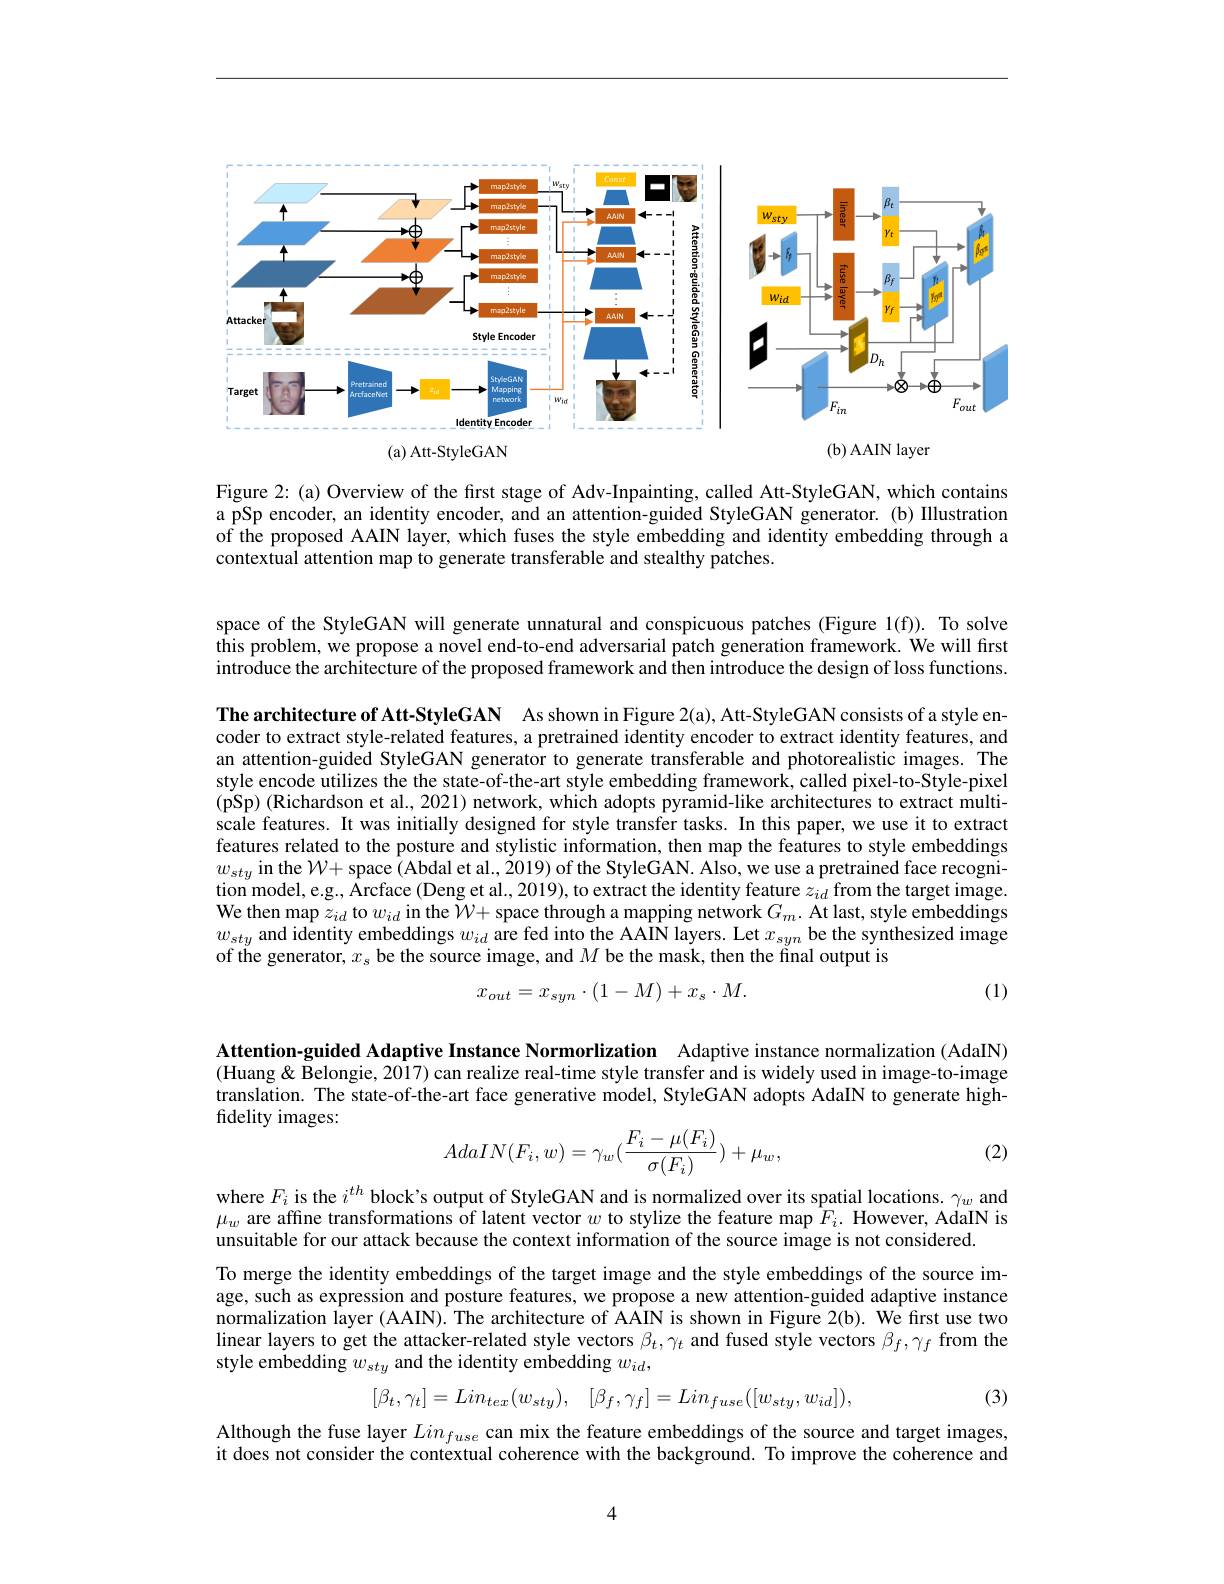
<FigureHere>

Figure 2: (a) Overview of the first stage of Adv-Inpainting, called Att-StyleGAN, which contains a pSp encoder, an identity encoder, and an attention-guided StyleGAN generator.(b) Illustration of the proposed AAIN layer, which fuses the style embedding and identity embedding through a contextual attention map to generate transferable and stealthy patches.

space of the StyleGAN will generate unnatural and conspicuous patches (Figure 1(f)). To solve this problem, we propose a novel end-to-end adversarial patch generation framework. We will first introduce the architecture of the proposed framework and then introduce the design of loss functions.

The architecture of Att-StyleGAN As shown in Figure 2(a), Att-StyleGAN consists of a style encoder to extract style-related features, a pretrained identity encoder to extract identity features, and an attention-guided StyleGAN generator to generate transferable and photorealistic images. The style encode utilizes the the state-of-the-art style embedding framework, called pixel-to-Style-pixel $(\dot{\text{pSp) (Richardson et al., 2021) network, which adopts pyramid-like architectures to extract multi-}}$ scale features. It was initially designed for style transfer tasks. In this paper, we use it to extract features related to the posture and stylistic information, then map the features to style embeddings $w_{sty}$ in the $\mathcal{W} +$space ( Abdal et al. , 2019) of the StyleGAN. Also, we use a pretrained face recogni- tion model, e. g, Arcface ( Deng et al. , 2019) , to extract the identity feature $z_{id}$ from the target image. We then map $z_{id}$ to $w_{}$ $w_{sty}$ and identity embeddings $w_id$ are fed into the AAIN layers. Let $x_syn$ be the synthesized image of the generator, $x_s$ be the source image, and $M$ be the mask, then the final output is
$$x_{out}=x_{syn}\cdot(1-M)+x_s\cdot M.$$
(1)

Attention-guided Adaptive Instance Normorlization Adaptive instance normalization (AdaIN) (Huang & $\bar{\text{Belongie,2017)can realize real-time style transfer and is widely used in image-to-image}}$ translation. The state-of-the-art face generative model, StyleGAN adopts AdaIN to generate highfidelity images:
$$AdaIN(F_i,w)=\gamma_w(\frac{F_i-\mu(F_i)}{\sigma(F_i)})+\mu_w,$$
(2)

where $F_i$ is the $i^th$ block's output of StyleGAN and is normalized over its spatial locations. $\gamma_w$ and $\mu_w$ are affine transformations of latent vector $w$ to stylize the feature map $F_i.$ However, AdaIN is unsuitable for our attack because the context information of the source image is not considered.
To merge the identity embeddings of the target image and the style embeddings of the source image, such as expression and posture features, we propose a new attention-guided adaptive instance normalization layer (AAIN). The architecture of AAIN is shown in Figure 2(b). We first use two linear layers to get the attacker-related style vectors $\beta_t,\gamma_t$ and fused style vectors $\beta_f,\gamma_f$ from the style embedding $w_{sty}$ and the identity embedding $w_id$,
$$[\beta_{t},\gamma_{t}]=Lin_{tex}(w_{sty}),\quad[\beta_{f},\gamma_{f}]=Lin_{fuse}([w_{sty},w_{id}]),$$
(3)

Although the fuse layer $Lin_fuse$ can mix the feature embeddings of the source and target images, it does not consider the contextual coherence with the background. To improve the coherence and

4